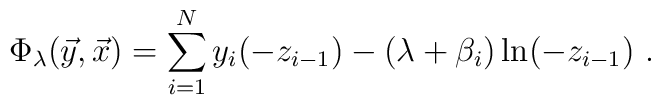
\Phi_\lambda({\vec y},{\vec x})         =\sum_{i=1}^Ny_i(-z_{i-1})-(\lambda +\beta_i)\ln (-z_{i-1})~.